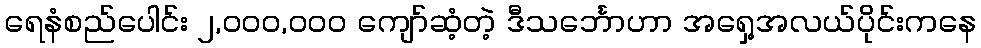
ရေနံစည်ပေါင်း ၂,၀၀၀,၀၀၀ ကျော်ဆံ့တဲ့ ဒီသင်္ဘောဟာ အရှေ့အလယ်ပိုင်းကနေ